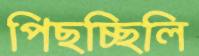
পিছচ্ছিলি